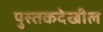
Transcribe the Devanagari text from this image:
पुस्तकदेखील